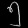
Digit: ၅